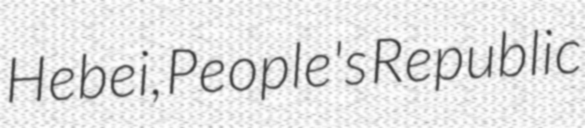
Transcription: Hebei, People's Republic